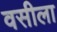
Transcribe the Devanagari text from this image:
वसीला